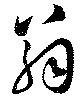
翁